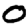
Digit: 0